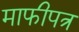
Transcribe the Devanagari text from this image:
माफीपत्र